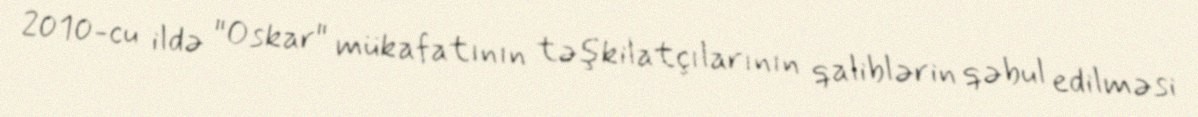
2010-cu ildə "Oskar" mükafatının təşkilatçılarının qaliblərin qəbul edilməsi